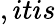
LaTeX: ,itis